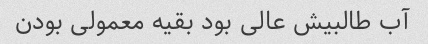
آب طالبیش عالی بود بقیه معمولی بودن